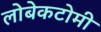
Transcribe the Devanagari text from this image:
लोबेकटोमी